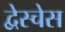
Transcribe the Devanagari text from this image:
द्वेस्चेस